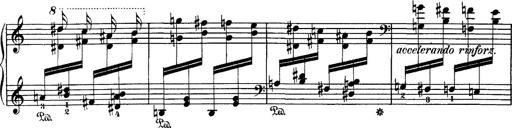
Title: Hungarian Rhapsody No.1
Composer: Franz Liszt
Key: C-sharp minor